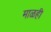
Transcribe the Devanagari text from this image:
माळही